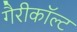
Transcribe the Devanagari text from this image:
गैरीकॉल्ट